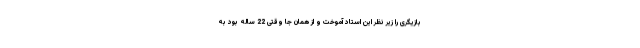
بازیگری را زیر نظر این استاد آموخت و از همان جا وقتی 22 ساله بود به